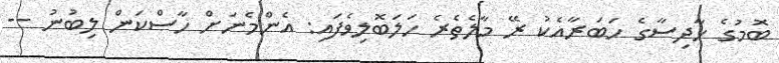
ބޮމުގެ ހާދިސާގެ ހަބަރާއެކު ރޭ މާލެތެރެ ހަލަބޮލިވެފައި: އެންމެނަށް ހާސްކަން ލިބުުނު --